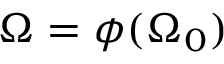
\Omega = \boldsymbol { \phi } ( \Omega _ { 0 } )